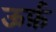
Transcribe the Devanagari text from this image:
ऊर्फ़